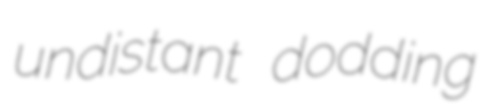
undistant dodding